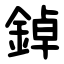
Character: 鋽